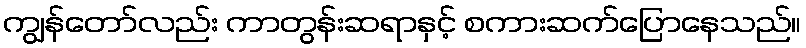
ကျွန်တော်လည်း ကာတွန်းဆရာနှင့် စကားဆက်ပြောနေသည်။